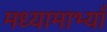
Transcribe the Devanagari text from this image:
मध्यामाभ्याँ